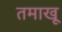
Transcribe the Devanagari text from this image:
तमाखू